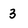
Character: 3